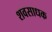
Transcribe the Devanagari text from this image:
शवसाधक